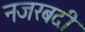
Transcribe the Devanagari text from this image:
नजरबदी